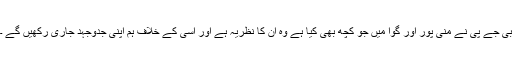
بی جے پی نے منی پور اور گوا میں جو کچھ بھی کیا ہے وہ ان کا نظریہ ہے اور اسی کے خلاف ہم اپنی جدوجہد جاری رکھیں گے ۔